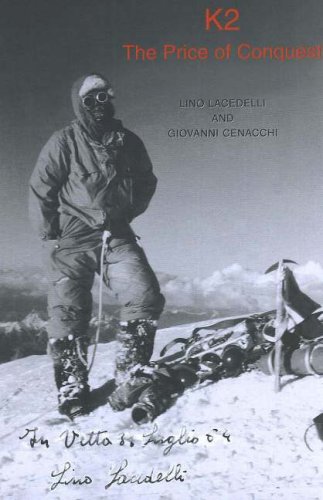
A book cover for K2: The Price of Conquest; Giovanni Cenacchi; Travel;